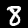
Digit: 8